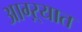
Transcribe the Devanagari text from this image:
आग्ऱ्यात